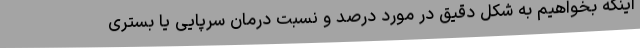
اینکه بخواهیم به شکل دقیق در مورد درصد و نسبت درمان سرپایی یا بستری